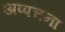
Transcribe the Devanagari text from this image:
अप्पचना